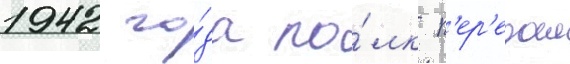
1942 го́да по́лк п'ер'едал